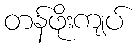
တန်ဖိုးကျပ်